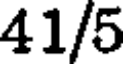
41/5